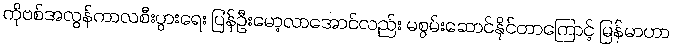
ကိုဗစ်အလွန်ကာလစီးပွားရေး ပြန်ဦးမော့လာအောင်လည်း မစွမ်းဆောင်နိုင်တာကြောင့် မြန်မာဟာ